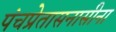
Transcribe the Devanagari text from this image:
पंचप्रेतासनासीना